Plague in India, 1896, 1897 - Volume 1
Year: 1896
Disease focus: Plague
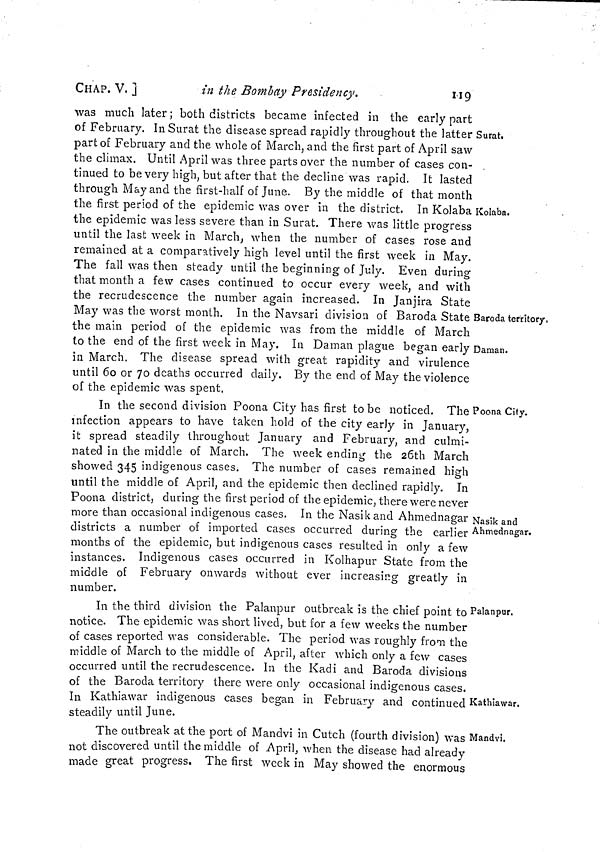
CHAP. V. ]
in the Bombay Presidency.
119
Surat.
Kolaba.
Baroda territory,
Daman.
was much later ; both districts became infected in the early part
of February. In Surat the disease spread rapidly throughout the latter
part of February and the whole of March, and the first part of April saw
the climax. Until April was three parts over the number of cases con-
tinued to be very high, but after that the decline was rapid. It lasted
through May and the first-half of June. By the middle of that month
the first period of the epidemic was over in the district. In Kolaba
the epidemic was less severe than in Surat. There was little progress
until the last week in March, when the number of cases rose and
remained at a comparatively high level until the first week in May.
The fall was then steady until the beginning of July. Even during
that month a few cases continued to occur every week, and with
the recrudescence the number again increased. In Janjira State
May was the worst month. In the Navsari division of Baroda State
the main period of the epidemic was from the middle of March
to the end of the first week in May. In Daman plague began early
in March. The disease spread with great rapidity and virulence
until 60 or 70 deaths occurred daily. By the end of May the violence
of the epidemic was spent.
The Poona City.
Nasik and
Ahmednagar.
In the second division Poona City has first to be noticed.
infection appears to have taken hold of the city early in January,
it spread steadily throughout January and February, and culmi-
nated in the middle of March. The week ending the 26th March
showed 345 indigenous cases. The number of cases remained high
until the middle of April, and the epidemic then declined rapidly. In
Poona district, during the first period of the epidemic, there were never
more than occasional indigenous cases. In the Nasik and Ahmednagar
districts a number of imported cases occurred during the earlier
months of the epidemic, but indigenous cases resulted in only a few
instances. Indigenous cases occurred in Kolhapur State from the
middle of February onwards without ever increasing greatly in
number.
Palanpur.
Kathiawar.
In the third division the Palanpur outbreak is the chief point to
notice. The epidemic was short lived, but for a few weeks the number
of cases reported was considerable. The period was roughly from the
middle of March to the middle of April, after which only a few cases
occurred until the recrudescence. In the Kadi and Baroda divisions
of the Baroda territory there were only occasional indigenous cases.
In Kathiawar indigenous cases began in February and continued
steadily until June.
Mandvi.
The outbreak at the port of Mandvi in Cutch (fourth division) was
not discovered until the middle of April, when the disease had already
made great progress. The first week in May showed the enormous